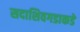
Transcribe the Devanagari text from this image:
सदाशिवगडाकडे